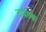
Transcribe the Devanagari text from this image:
दर्षाना